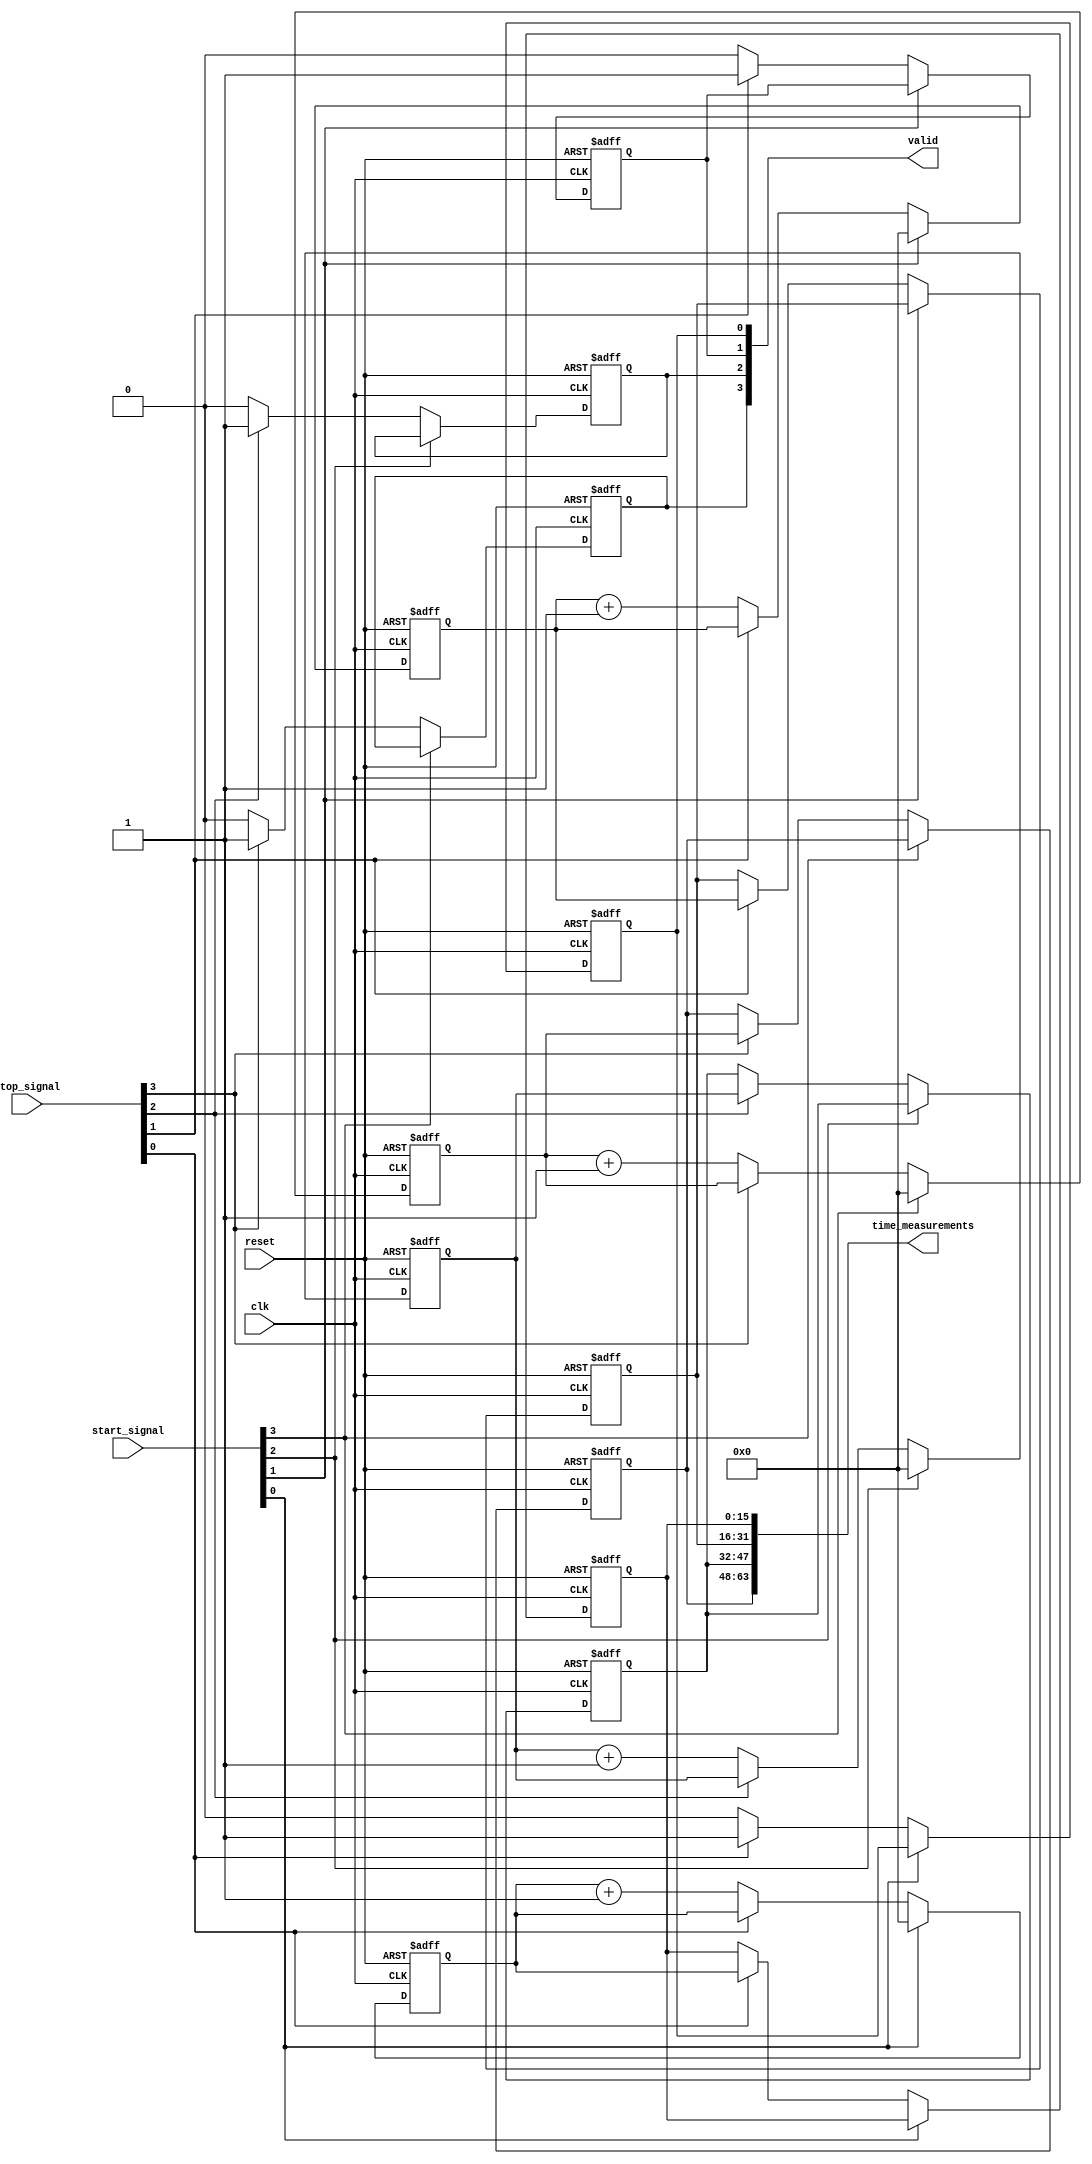
module TimeToDigitalConverter #(
    parameter NUM_CHANNELS = 4, // Number of TDC channels
    parameter ADDR_WIDTH = 4,    // Address width for memory blocks
    parameter DATA_WIDTH = 16     // Data width for time measurement
)(
    input wire clk,               // Sampling clock
    input wire reset,             // Reset signal
    input wire [NUM_CHANNELS-1:0] start_signal, // Start signals for each channel
    input wire [NUM_CHANNELS-1:0] stop_signal,  // Stop signals for each channel
    output wire [NUM_CHANNELS*DATA_WIDTH-1:0] time_measurements, // Time measurements output
    output wire [NUM_CHANNELS-1:0] valid // Valid signal for each channel
);

    reg [DATA_WIDTH-1:0] counter [0:NUM_CHANNELS-1]; // Time counters for each channel
    reg [DATA_WIDTH-1:0] time_data [0:NUM_CHANNELS-1]; // Memory for time measurements
    reg valid_reg [0:NUM_CHANNELS-1]; // Valid output for each channel

    // Process each channel's time measurement
    generate
        genvar i;
        for (i = 0; i < NUM_CHANNELS; i = i + 1) begin : tdc_channel
            always @(posedge clk or posedge reset) begin
                if (reset) begin
                    counter[i] <= 0;
                    time_data[i] <= 0;
                    valid_reg[i] <= 0;
                end else if (start_signal[i]) begin
                    counter[i] <= 0; // Start counting on start signal
                end else if (stop_signal[i]) begin
                    time_data[i] <= counter[i]; // Capture the time when stop signal is asserted
                    valid_reg[i] <= 1; // Mark the measurement as valid
                end else begin
                    counter[i] <= counter[i] + 1; // Increment counter
                    valid_reg[i] <= 0; // Reset valid signal
                end
            end
        end
    endgenerate

    // Concatenate time measurements for output
    assign time_measurements = {time_data[NUM_CHANNELS-1], time_data[NUM_CHANNELS-2], time_data[NUM_CHANNELS-3], time_data[NUM_CHANNELS-4]};
    assign valid = {valid_reg[NUM_CHANNELS-1], valid_reg[NUM_CHANNELS-2], valid_reg[NUM_CHANNELS-3], valid_reg[NUM_CHANNELS-4]};

endmodule